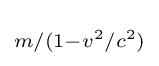
\scriptstyle m/(1-v^{2}/c^{2})